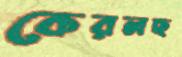
কেরলছ